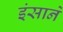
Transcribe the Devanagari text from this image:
इंसाने